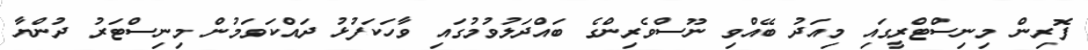
ފޮރިން މިނިސްޓްރީގައި މިއަދު ބޭއްވި ނޫސްވެރިންގެ ބައްދަލުވުމުގައި ވާހަކަފުޅު ދައްކަވަމުން މިނިސްޓަރު ދުންޔާ